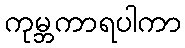
ကုမ္ဘကာရပါကာ